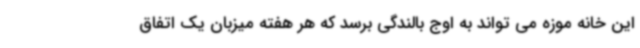
این خانه موزه می تواند به اوج بالندگی برسد که هر هفته میزبان یک اتفاق